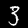
Digit: 3